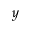
y